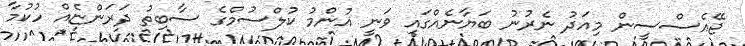
ޖޭއެސްސީން މިއަދު ނެރުނު ބަޔާނެއްގައި ވަނީ އުންމު ކުލްސުމްގެ ސާބިތު ދަރަންޏެއް ހުކުމާ